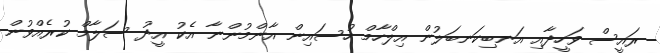
ރައީސް ވަހީދާއި އަނބިކަނބަލުން އިލްހާމް ހުސައިން އާންމުންނާ އެކު އީދު ސަލާމް ކުރެއްވުން